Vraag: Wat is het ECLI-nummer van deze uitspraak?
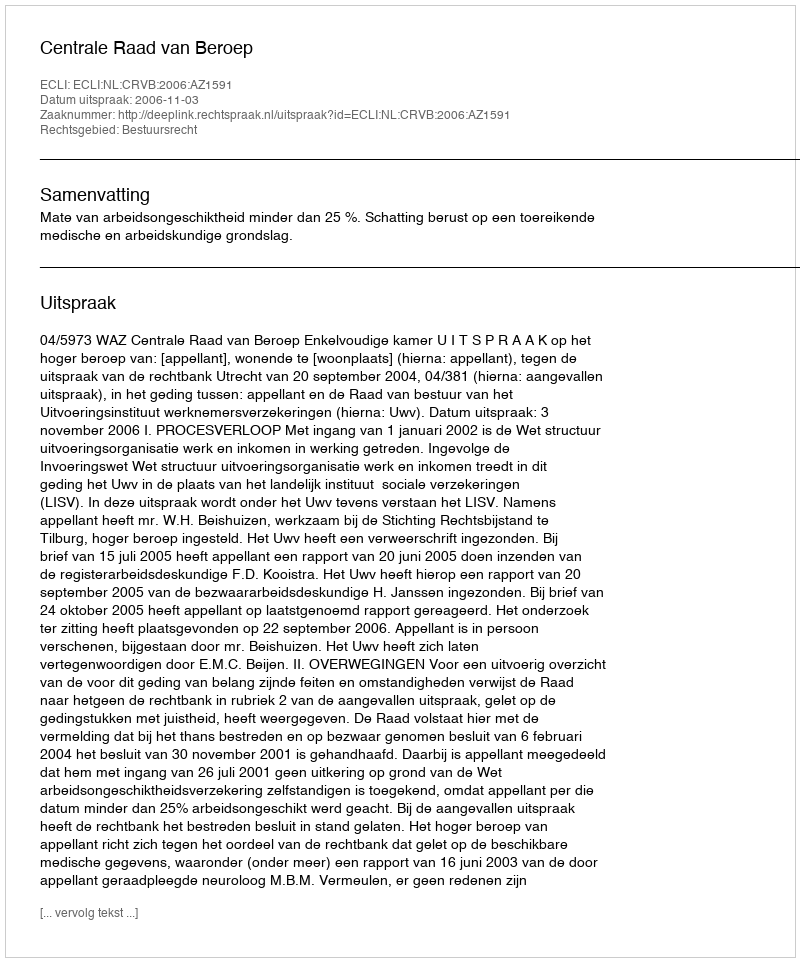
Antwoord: ECLI:NL:CRVB:2006:AZ1591